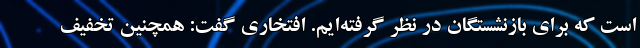
است که برای بازنشستگان در نظر گرفته‌ایم. افتخاری گفت: همچنین تخفیف